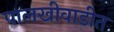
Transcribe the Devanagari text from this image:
पालखीवाडीत